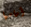
أمامها